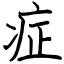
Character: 症